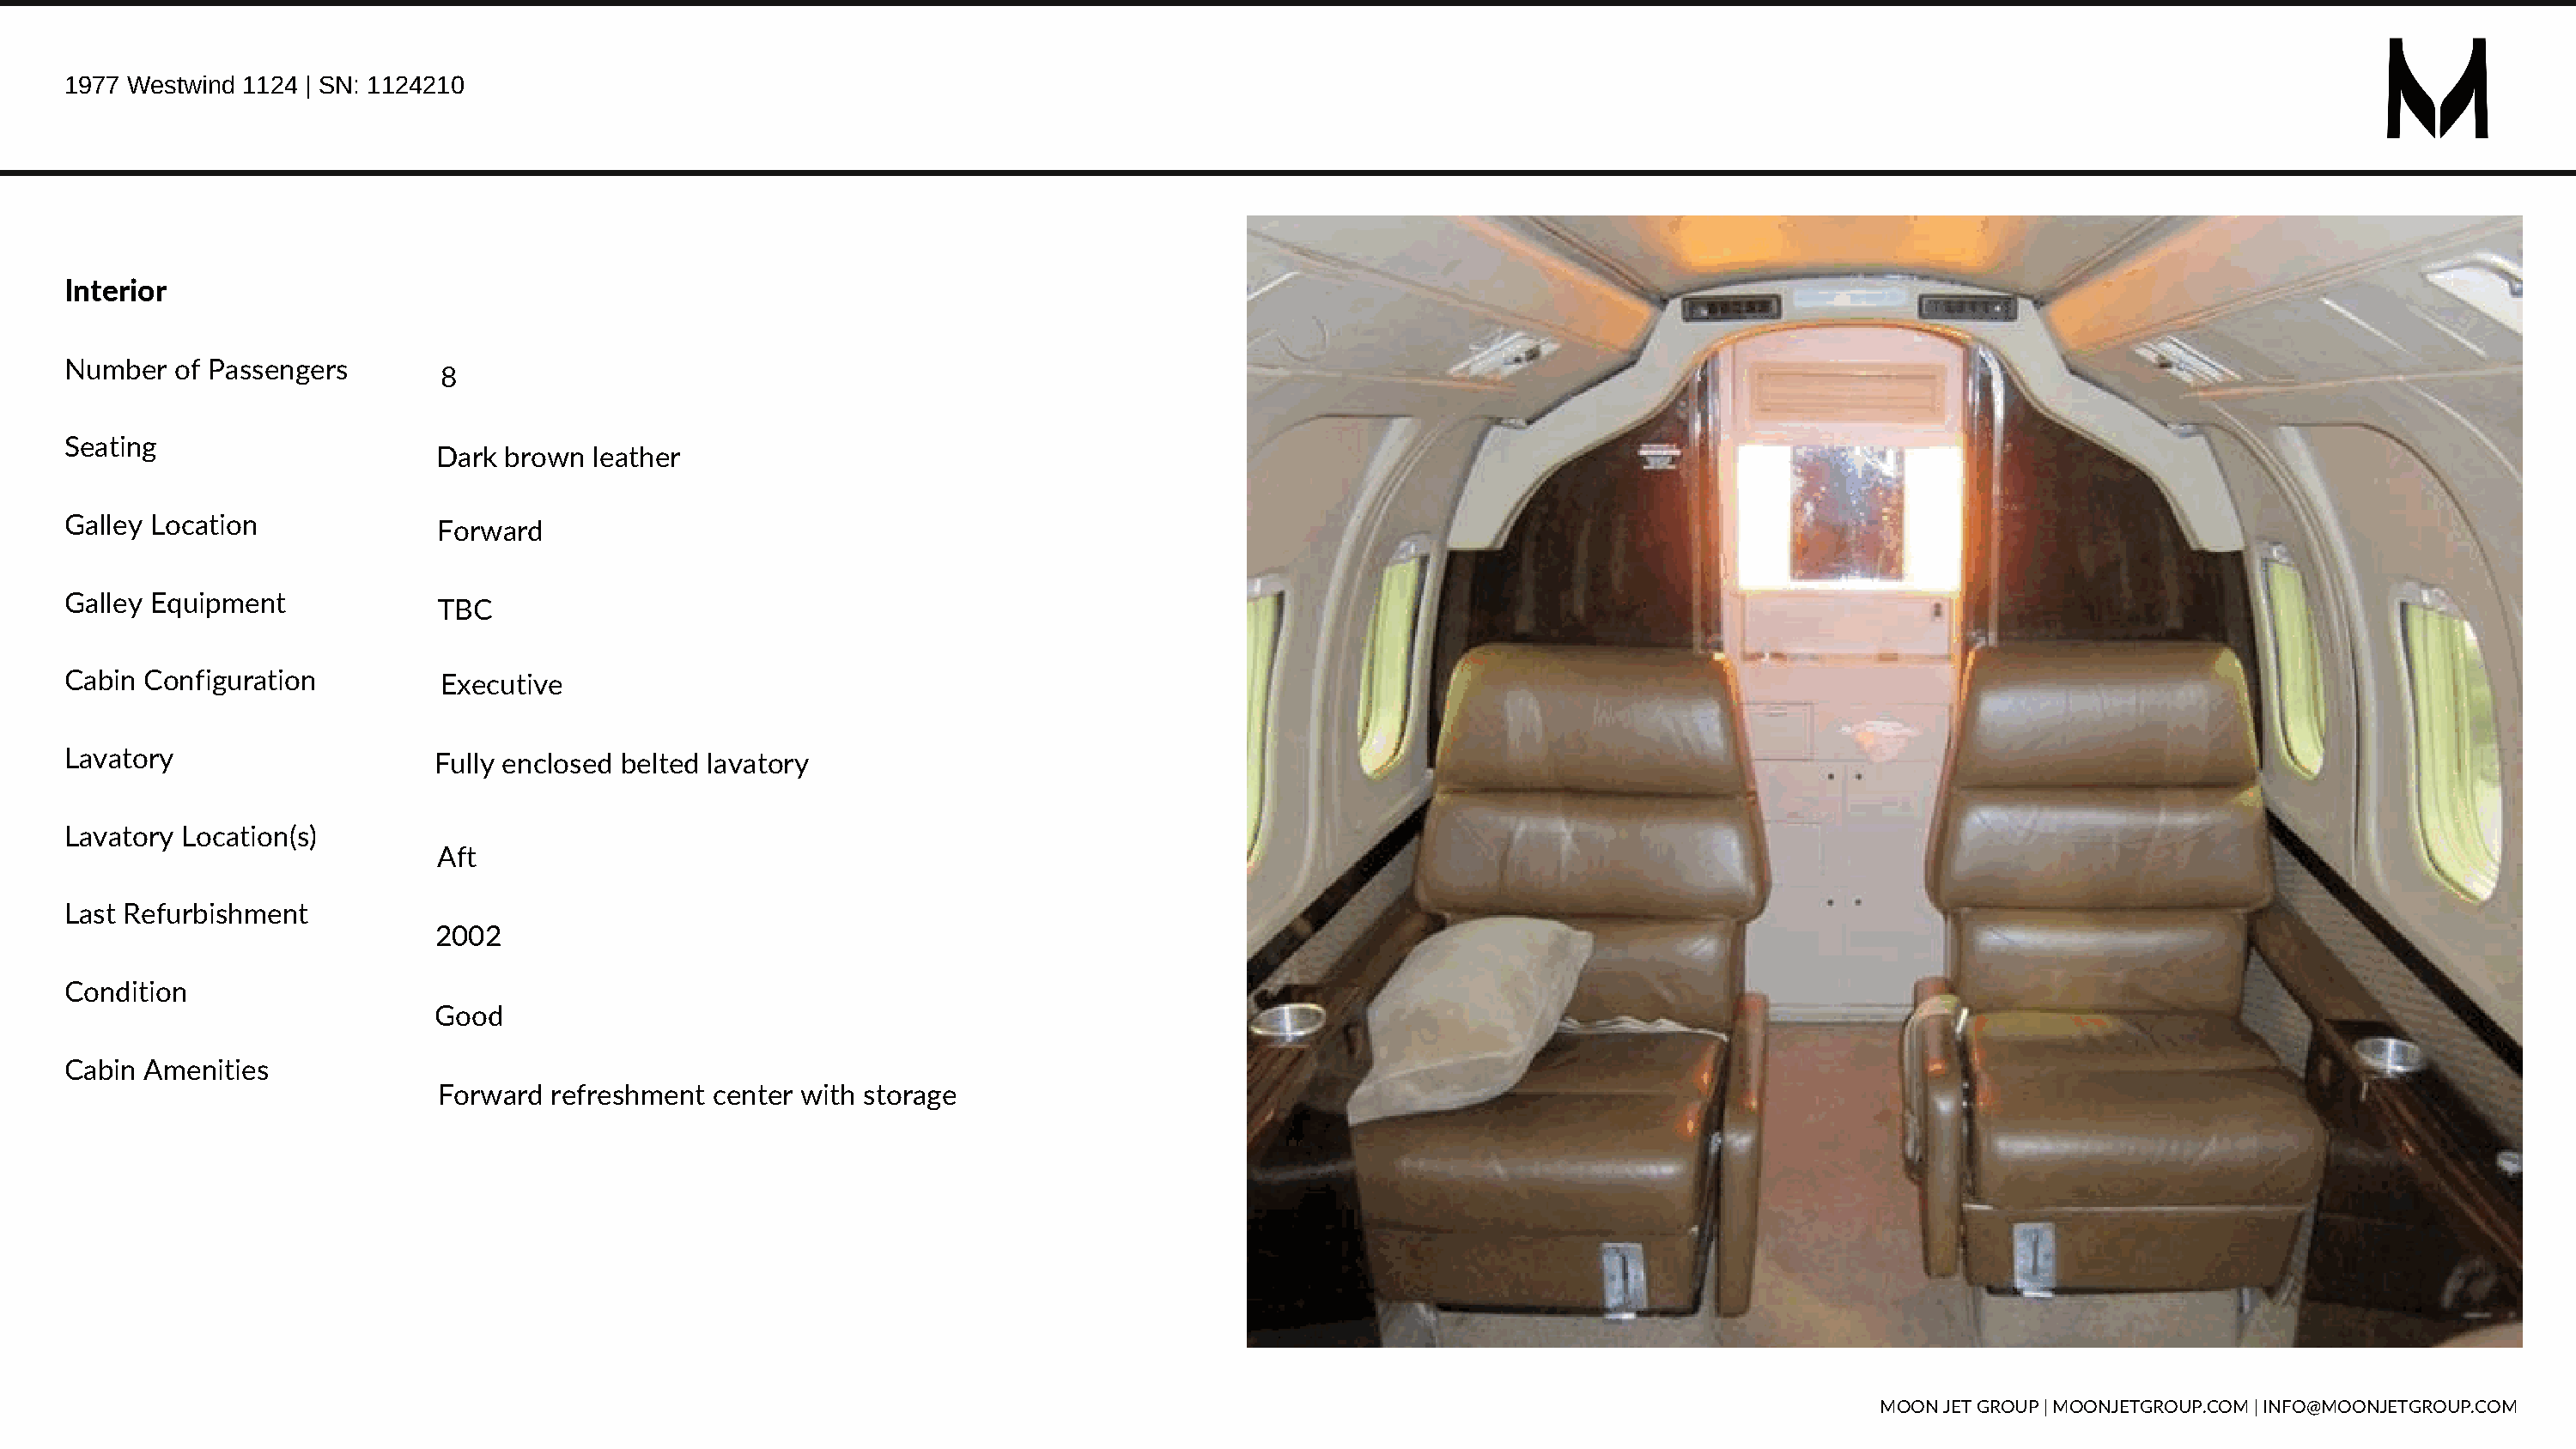
1977 Westwind 1124 | SN: 1124210
 Interior
 Number  of Passengers
 8
 Seating
 Dark brown  leather
 Galley Location
 Forward
 Galley Equipment
 TBC
 Cabin Configuration          Executive
 Lavatory                    Fully enclosed belted lavatory
 Lavatory Location(s)
 Aft
 Last Refurbishment
 2002
 Condition
 Good
 Cabin Amenities
 Forward refreshment  center with storage
 MOON JET GROUP | MOONJETGROUP.COM | INFO@MOONJETGROUP.COM